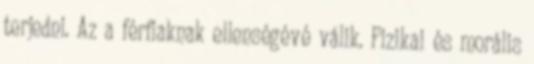
terjedni. Az a férfiaknak ellenségévé válik. Fizikai és morális